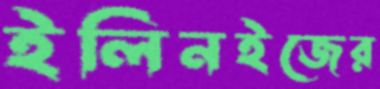
ইলিনইজের